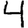
Digit: 4